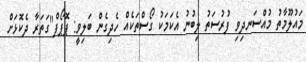
މައުލޫމާތު މުއްސަނދިވި ފުރުސަތު ލިބުނު އެކަމަކު ގޯސްތަކެއް ހެދިގެން ބަލިވީ: ޕޮޕޯފް"ގަތަރާ ދެކޮޅަށް